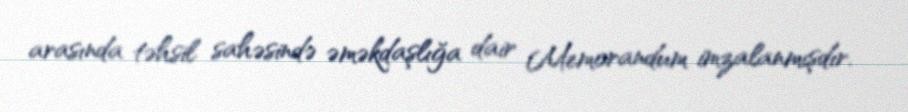
arasında təhsil sahəsində əməkdaşlığa dair Memorandum imzalanmışdır.